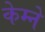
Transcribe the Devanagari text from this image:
केम्ने